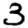
Digit: 3